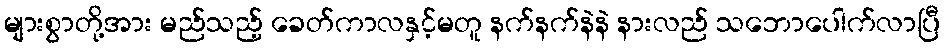
များစွာတို့အား မည်သည့် ခေတ်ကာလနှင့်မတူ နက်နက်နဲနဲ နားလည် သဘောပေါက်လာပြီ